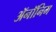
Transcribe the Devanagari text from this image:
ॲनॉनिम